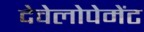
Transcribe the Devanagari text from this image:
देवेलोपेमेंट